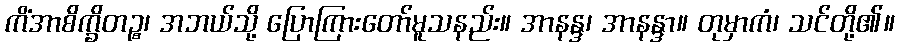
ကိံအာစိက္ခိတဉ္စ၊ အဘယ်သို့ ပြောကြားတော်မူသနည်း။ အာနန္ဒ၊ အာနန္ဒာ။ တုမှာကံ၊ သင်တို့၏။